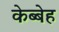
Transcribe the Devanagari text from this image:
केब्बेह